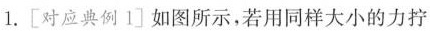
1. [对应典例1] 如图所示，若用同样大小的力拧